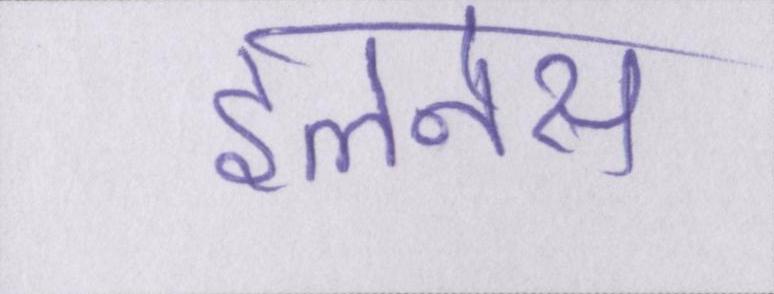
इलनेस